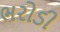
ભરોડી